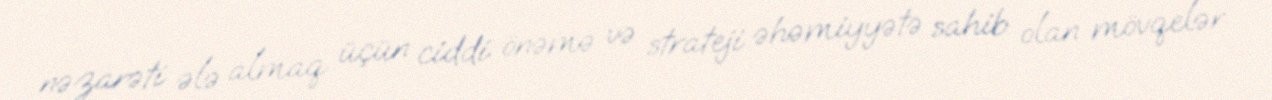
nəzarəti ələ almaq üçün ciddi önəmə və strateji əhəmiyyətə sahib olan mövqelər